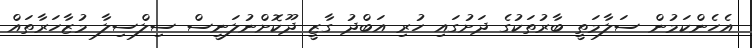
އެހެންކަމުން ސަލާމަތީ ބާރުތަކުގެ ދަށުގައި ހުރި އަބްދު ގާޒީ ދޫކޮށްނުލަނީސް ސިލްސިލާ މުޒާހަރާތައް